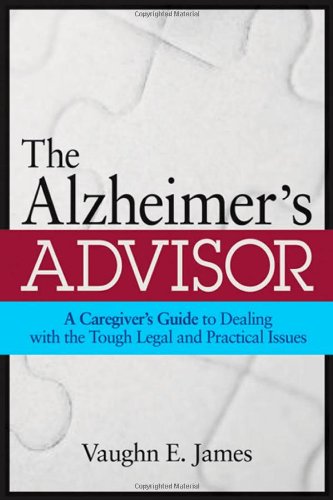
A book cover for The Alzheimer's Advisor: A Caregiver's Guide to Dealing with the Tough Legal and Practical Issues; Vaughn E. James; Health, Fitness & Dieting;